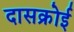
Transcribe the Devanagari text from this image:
दासक्रोई